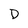
Character: D